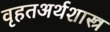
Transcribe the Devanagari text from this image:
वृहतअर्थशास्त्र